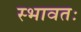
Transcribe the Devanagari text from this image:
स्भावतः